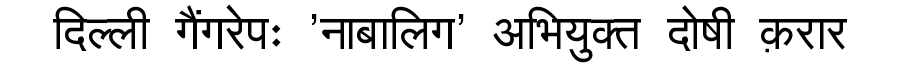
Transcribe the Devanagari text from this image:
दिल्ली गैंगरेपः 'नाबालिग' अभियुक्त दोषी क़रार